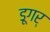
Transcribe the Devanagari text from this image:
डूगर्